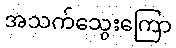
အသက်သွေးကြော